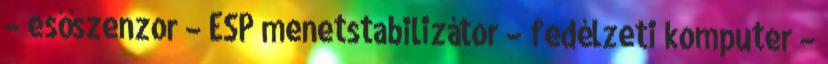
– esőszenzor – ESP menetstabilizátor – fedélzeti komputer –